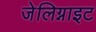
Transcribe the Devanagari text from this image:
जेलिग्नाइट